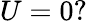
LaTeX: U=0?